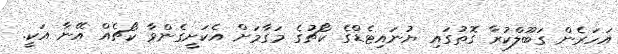
އަހަރެން ގަބޫލްކުރާ ގޮތުގައި ޔުނައިޓެޑްގެ ކޯޗުގެ މަގާމަށް އެކަށީގެންވާ ކޯޗެއް އޭނާ އަކީ.